Report on vaccination in the Province of Bengal - 1869-1873
Year: 1869
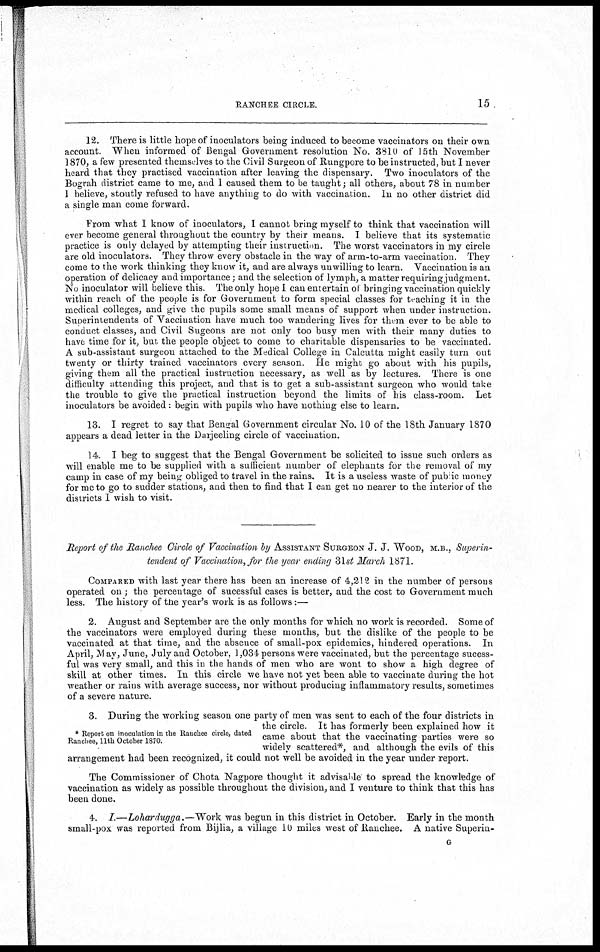
RANCHEE CIRCLE.
15
12. There is little hope of inoculators being induced to become vaccinators on their own
account. When informed of Bengal Government resolution No. 3810 of 15th November
1870, a few presented themselves to the Civil Surgeon of Rungpore to be instructed, but I never
heard that they practised vaccination after leaving the dispensary. Two inoculators of the
Bograh district came to me, and I caused them to be taught; all others, about 78 in number
I believe, stoutly refused to have anything to do with vaccination. In no other district did
a single man come forward.
From what I know of inoculators, I cannot bring myself to think that vaccination will
ever become general throughout the country by their means. I believe that its systematic
practice is only delayed by attempting their instruction. The worst vaccinators in my circle
are old inoculators. They throw every obstacle in the way of arm-to-arm vaccination. They
come to the work thinking they know it, and are always unwilling to learn. Vaccination is an
operation of delicacy and importance; and the selection of lymph, a matter requiring judgment.
No inoculator will believe this. The only hope I can entertain of bringing vaccination quickly
within reach of the people is for Government to form special classes for teaching it in the
medical colleges, and give the pupils some small means of support when under instruction.
Superintendents of Vaccination have much too wandering lives for them ever to be able to
conduct classes, and Civil Sugeons are not only too busy men with their many duties to
have time for it, but the people object to come to charitable dispensaries to be vaccinated.
A sub-assistant surgeon attached to the Medical College in Calcutta might easily turn out
twenty or thirty trained vaccinators every season He might go about with his pupils,
giving them all the practical instruction necessary, as well as by lectures. There is one
difficulty attending this project, and that is to get a sub-assistant surgeon who would take
the trouble to give the practical instruction beyond the limits of his class-room. Let
inoculators be avoided: begin with pupils who have nothing else to learn.
13. I regret to say that Bengal Government circular No. 10 of the 18th January 1870
appears a dead letter in the Darjeeling circle of vaccination.
14. I beg to suggest that the Bengal Government be solicited to issue such orders as
will enable me to be supplied with a sufficient number of elephants for the removal of my
camp in case of my being obliged to travel in the rains. It is a useless waste of public money
for me to go to sudder stations, and then to find that I can get no nearer to the interior of the
districts I wish to visit.
Report of the Ranchee Circle of Vaccination by ASSISTANT SURGEON J. J. WOOD, M.B., Superin-
tendent of Vaccination, for the year ending 31st March 1871.
COMPARED with last year there has been an increase of 4,212 in the number of persons
operated on ; the percentage of sucessful cases is better, and the cost to Government much
less. The history of the year's work is as follows:—
2. August and September are the only months for which no work is recorded. Some of
the vaccinators were employed during these months, but the dislike of the people to be
vaccinated at that time, and the absence of small-pox epidemics, hindered operations. In
April, May, June, July and October, 1 ,034 persons were vaccinated, but the percentage sucess-
ful was very small, and this in the hands of men who are wont to show a high degree of
skill at other times. In this circle we have not yet been able to vaccinate during the hot
weather or rains with average success, nor without producing inflammatory results, sometimes
of a severe nature.
* Report on inoculation in the Ranchee circle, dated
Ranchee, 11th October 1870.
3. During the working season one party of men was sent to each of the four districts in
the circle. It has formerly been explained how it
came about that the vaccinating parties were so
widely scattered*, and although the evils of this
arrangement had been recognized, it could not well be avoided in the year under report.
The Commissioner of Chota Nagpore thought it advisable to spread the knowledge of
vaccination as widely as possible throughout the division, and I venture to think that this has
been done.
4. I.—Lohardugga.—Work was begun in this district in October. Early in the month
small-pox was reported from Bijlia, a village 10 miles west of Ranchee. A native Superin¬
G